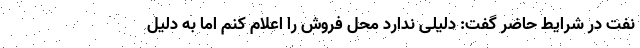
نفت در شرایط حاضر گفت: دلیلی ندارد محل فروش را اعلام کنم اما به دلیل